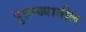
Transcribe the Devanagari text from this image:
पुतळ्यातील